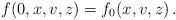
LaTeX: \begin{align*} f(0,x,v,z) = f_0(x,v,z)\,.\end{align*}